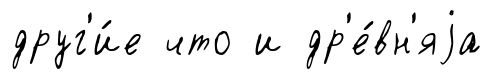
друг'и́е что и др'е́вн'яjа